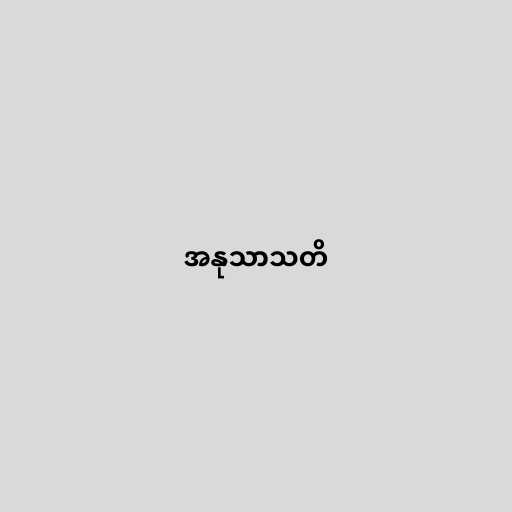
အနုသာသတိ